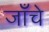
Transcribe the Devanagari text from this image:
जाँचे